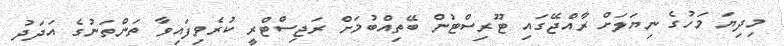
މިދިޔަ މަހުގެ ނިޔަލަށް ރާއްޖޭގައި ޓޫރިސްޓުން ބޭތިއްބުމަށް ރަޖިސްޓްރީ ކުރެވިފައިވާ ތަންތަނުގެ އަދަދު